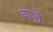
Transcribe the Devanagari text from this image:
वाजे़